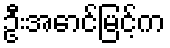
ဦးအောင်မြင့်က